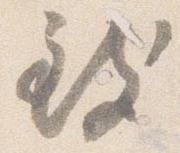
致